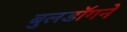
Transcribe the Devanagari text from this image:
बुलडॉगने